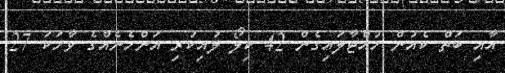
އާއި ބަތް ކެއުން ހުއްޓާލައިގެން 42 ކިލޯ ލުއިކުރި އަންހެނެއްގެ ވާހަކަ 27